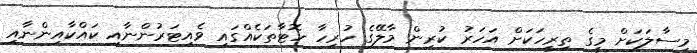
މިސާލަކަށް މީގެ ތިރީހަކަށް އަހަރު ކުރިން މާލޭގެ ހުރިހާ ހޮޓާތަކެއްގައި ވެއިޓަރުންނާއި ކައްކާއިންނާއި